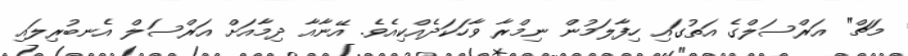
މަޗް" އަރްސަލްގެ އަތުގައި ހިފާލަމުން ނިމްރާ ވާހަކަދެއްކިއެވެ. އޭނާއާ ދިމާއަށް އަރްސަލް އެނބުރިލައި